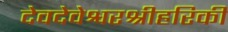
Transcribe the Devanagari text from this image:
देवदेवेश्वरश्रीहरिकी